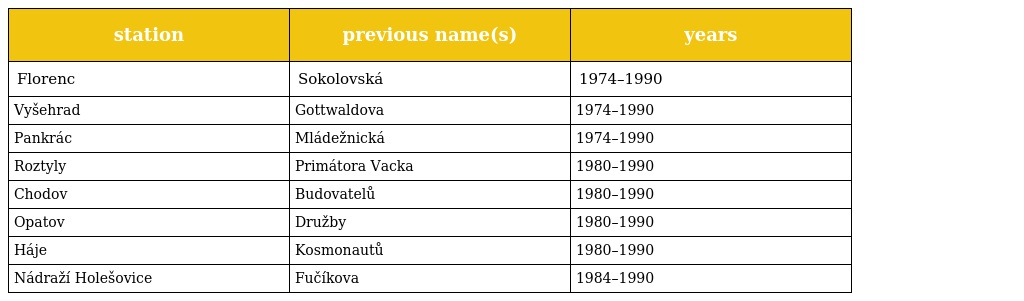
| station | previous name(s) | years |
 | --- | --- | --- |
 | Florenc | Sokolovská | 1974–1990 |
 | Vyšehrad | Gottwaldova | 1974–1990 |
 | Pankrác | Mládežnická | 1974–1990 |
 | Roztyly | Primátora Vacka | 1980–1990 |
 | Chodov | Budovatelů | 1980–1990 |
 | Opatov | Družby | 1980–1990 |
 | Háje | Kosmonautů | 1980–1990 |
 | Nádraží Holešovice | Fučíkova | 1984–1990 |